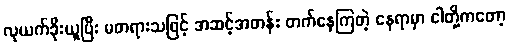
လုယက်ခိုးယူပြီး မတရားသဖြင့် အဆင့်အတန်း တက်နေကြတဲ့ နေရာမှာ ငါတို့ကတော့